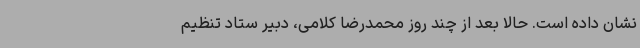
نشان داده است. حالا بعد از چند روز محمدرضا کلامی، دبیر ستاد تنظیم